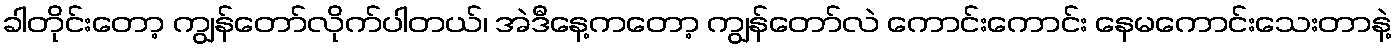
ခါတိုင်းတော့ ကျွန်တော်လိုက်ပါတယ်၊ အဲဒီနေ့ကတော့ ကျွန်တော်လဲ ကောင်းကောင်း နေမကောင်းသေးတာနဲ့